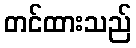
တင်ထားသည်